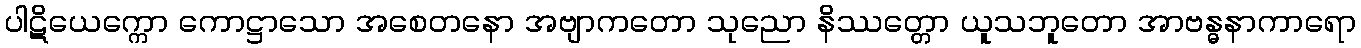
ပါဋိယေက္ကော ကောဋ္ဌာသော အစေတနော အဗျာကတော သုညော နိဿတ္တော ယူသဘူတော အာဗန္ဓနာကာရော